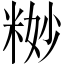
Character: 𱹉